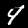
Digit: 4